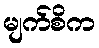
မျက်စိက